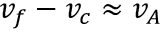
v _ { f } - v _ { c } \approx v _ { A }